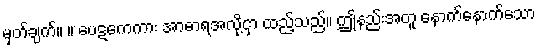
မှတ်ချက်။ ။ ပေဋကေကား အာဓာရအလို့ငှာ ထည့်သည်။ ဤနည်းအတူ နောက်နောက်သော